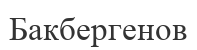
Бакбергенов